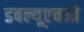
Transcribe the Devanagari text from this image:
डबल्यूएचओ